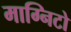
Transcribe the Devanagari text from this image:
माग्निटो